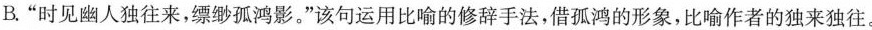
B”时见幽人独往来，缥缈孤鸿影。”该句运用比喻的修辞手法，借孤鸿的形象，比喻作者的独来独往。